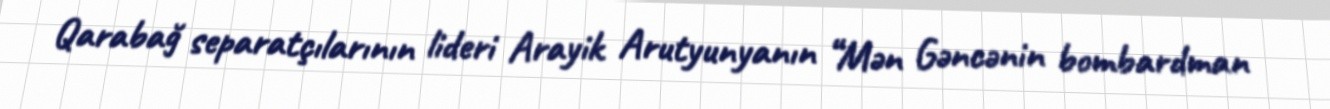
Qarabağ separatçılarının lideri Arayik Arutyunyanın “Mən Gəncənin bombardman